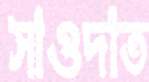
সাওদাত